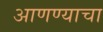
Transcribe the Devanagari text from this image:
अाणण्याचा